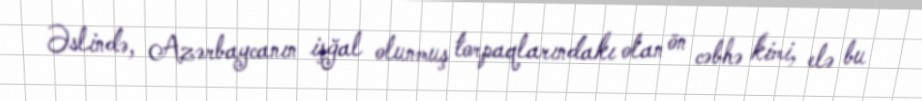
Əslində, Azərbaycanın işğal olunmuş torpaqlarındakı olan ön cəbhə kimi, elə bu